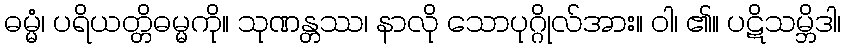
ဓမ္မံ၊ ပရိယတ္တိဓမ္မကို။ သုဏန္တဿ၊ နာလို သောပုဂ္ဂိုလ်အား။ ဝါ၊ ၏။ ပဋိသမ္ဘိဒါ၊